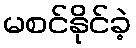
မစင်နိုင်ခဲ့